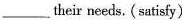
___their needs. ( satisfy)